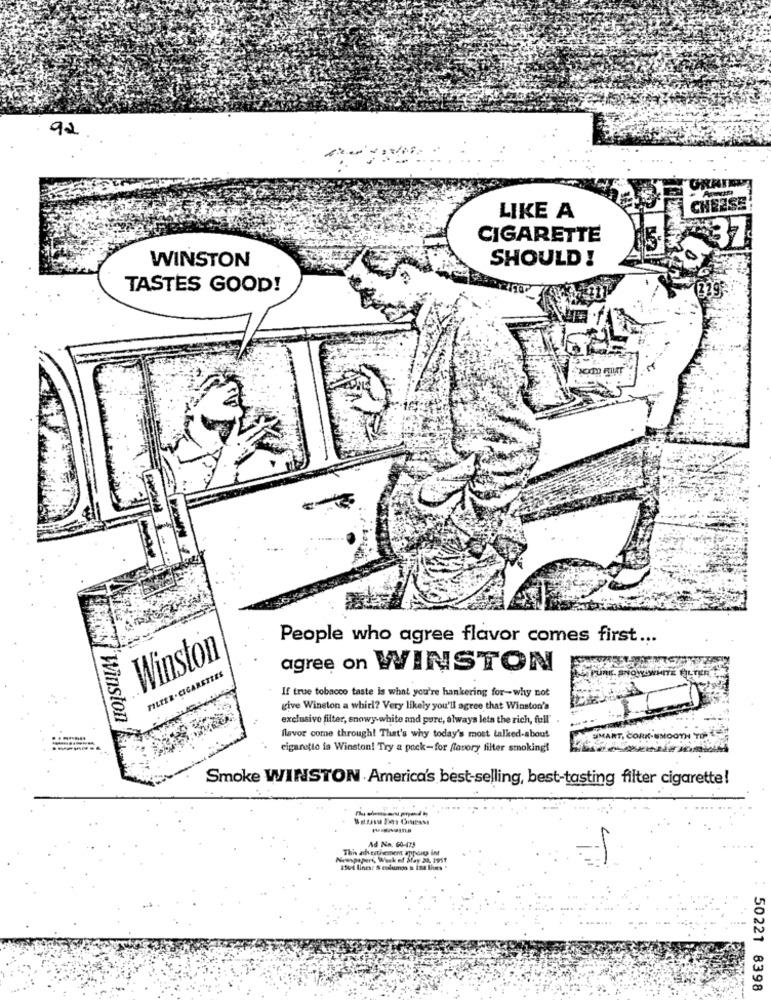
92
CHEESE
LIKE A
CIGARETTE
SHOULD !
WINSTON
TASTES GOOD!
239
People who agree flavor comes first ...
Winston
FILEER. CIGARETTES
agree on WINSTON
TE FILTER E
If true tobacco taste is what you're hankering for-why not
give Winston a whirl? Very likely you'll agree that Winston's
exclusivo filter, snowy white and pure, always lets the rich, full"
Winston
flavor come through! That's why today's most talked-about
cigarette is Winston! Try a pack-for favory filter smoking!
Smoke WINSTON America's best-selling, best-tasting filter cigarette!
Ad Na. 60-475
This acheithement apports int
Newspapert, Werk of Stay 20, 1959
1504 lines: & enduro s ins lives "
50221 8398